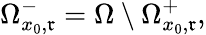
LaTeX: \Omega_{x_{0},\mathfrak{r}}^{-}=\Omega\setminus\Omega_{x_{0},\mathfrak{r}}^{+},